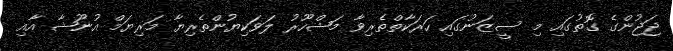
ޖަޖުންގެ ގޮތުގައި މި ސީޒަނުގައި ހަރަކާތްތެރިވާ މަޝްހޫރު ލަވަކިޔުންތެރިޔާ މަރިޔަމް އުނޫޝާ އާއި